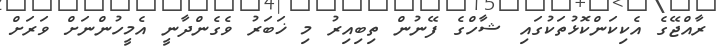
ރާއްޖޭގެ އެކިކަންކޮޅުތަކުގައި ޝާހްގެ ފޭނުން ތިބިއިރު މި ޚަބަރު ވެގެންދާނީ އެމީހުންނަށް ވަރަށް